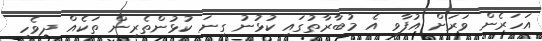
އަހަރެން ވަރަށް އުފާވި އެ މުބާރާތުގައި ކުޅުނު ގިނަ ކުޅުންތެރިން ތަކެއް ދިވެހި